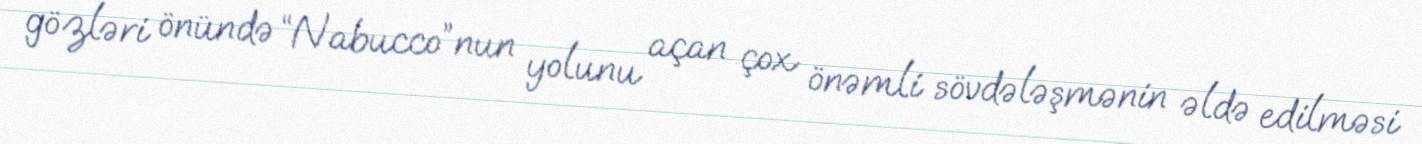
gözləri önündə “Nabucco”nun yolunu açan çox önəmli sövdələşmənin əldə edilməsi